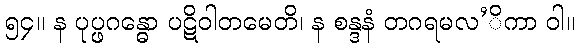
၅၄။ န ပုပ္ဖဂန္ဓော ပဋိဝါတမေတိ၊ န စန္ဒနံ တဂရမလ’ိကာ ဝါ။